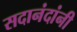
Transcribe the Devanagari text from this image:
सदानंदांनी